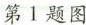
第1题图